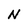
Character: N